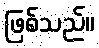
ဖြစ်သည်။